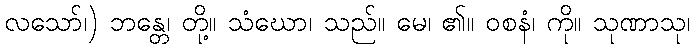
လသော်၊) ဘန္တေ၊ တို့။ သံဃော၊ သည်။ မေ၊ ၏။ ဝစနံ၊ ကို။ သုဏာသု၊